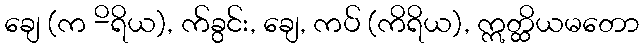
ချေ (က -ိရိယ), က်ခွင်း, ချေ, ကပ် (ကိရိယ), ဣတ္ထိယမတော